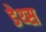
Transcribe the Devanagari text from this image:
डेथ्स